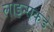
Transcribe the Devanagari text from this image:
लाइन्सकडे